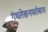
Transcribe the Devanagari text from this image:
गंथलेखनाबरोबरच